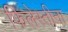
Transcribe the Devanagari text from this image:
फिलेस्तीना